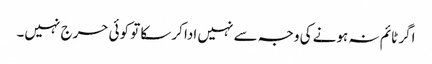
اگر ٹائم نہ ہونے کی وجہ سے نہیں ادا کرسکا تو کوئی حرج نہیں۔